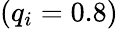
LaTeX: (q_{i}=0.8)